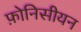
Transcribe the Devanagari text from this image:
फ़ोनिसीयन